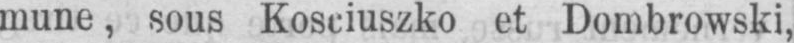
mune, sous Kosciuszko et Dombrowski,